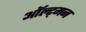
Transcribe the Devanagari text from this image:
ऑल्ट्मन